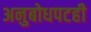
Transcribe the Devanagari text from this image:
अनुबोधपटही